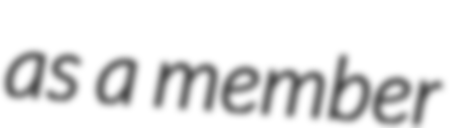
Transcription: as a member